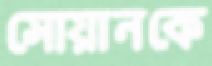
সোয়ানকে